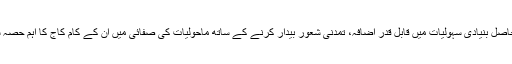
دہلی کو حاصل بنیادی سہولیات میں قابل قدر اضافہ، تمدنی شعور بیدار کرنے کے ساتھ ماحولیات کی صفائی میں ان کے کام کاج کا اہم حصہ شامل ہے۔